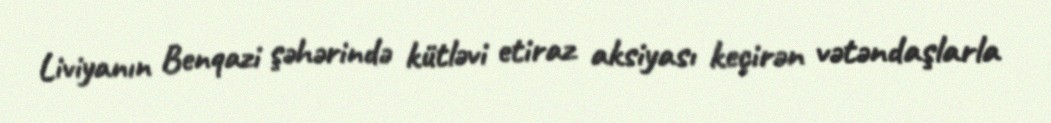
Liviyanın Benqazi şəhərində kütləvi etiraz aksiyası keçirən vətəndaşlarla